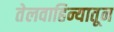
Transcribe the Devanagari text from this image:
तेलवाहिन्यातून